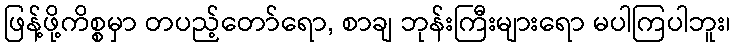
ဖြန့်ဖို့ကိစ္စမှာ တပည့်တော်ရော, စာချ ဘုန်းကြီးများရော မပါကြပါဘူး၊